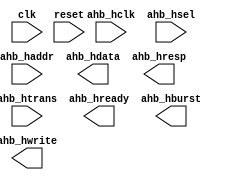
module ahb_timing_control_and_synchronization (
    input wire clk,
    input wire reset,
    input wire ahb_hclk,
    input wire ahb_htrans,
    input wire [2:0] ahb_hsel,
    input wire [31:0] ahb_haddr,
    output wire [31:0] ahb_hdata,
    output wire [1:0] ahb_hready,
    output wire [1:0] ahb_hresp,
    output wire [3:0] ahb_hburst,
    output wire [1:0] ahb_hwrite
);

// Module for generating clock signals
always @(posedge ahb_hclk) begin
    // Clock signal generation logic
end

// Module for managing data transfers and addressing
always @(posedge ahb_hclk) begin
    if (ahb_htrans) begin
        case(ahb_hburst)
            // Data transfer and addressing logic
        endcase
    end
end

// Module for handling interruption requests
always @(posedge ahb_hclk) begin
    // Interruption request handling logic
end

// Module for implementing arbitration mechanisms
always @(posedge ahb_hclk) begin
    // Arbitration mechanisms logic
end

endmodule